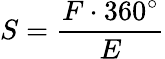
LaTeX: S={\frac{F\cdot 360^{\circ}}{E}}